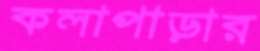
কলাপাড়ার